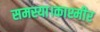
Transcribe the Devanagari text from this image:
समस्या।काश्मीर